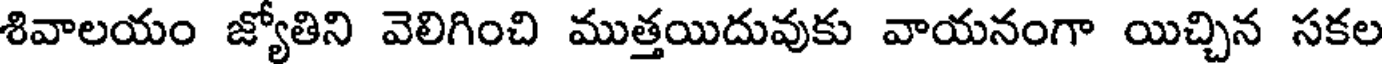
శివాలయం జ్యోతిని వెలిగించి ముత్తయిదువుకు వాయనంగా యిచ్చిన సకల